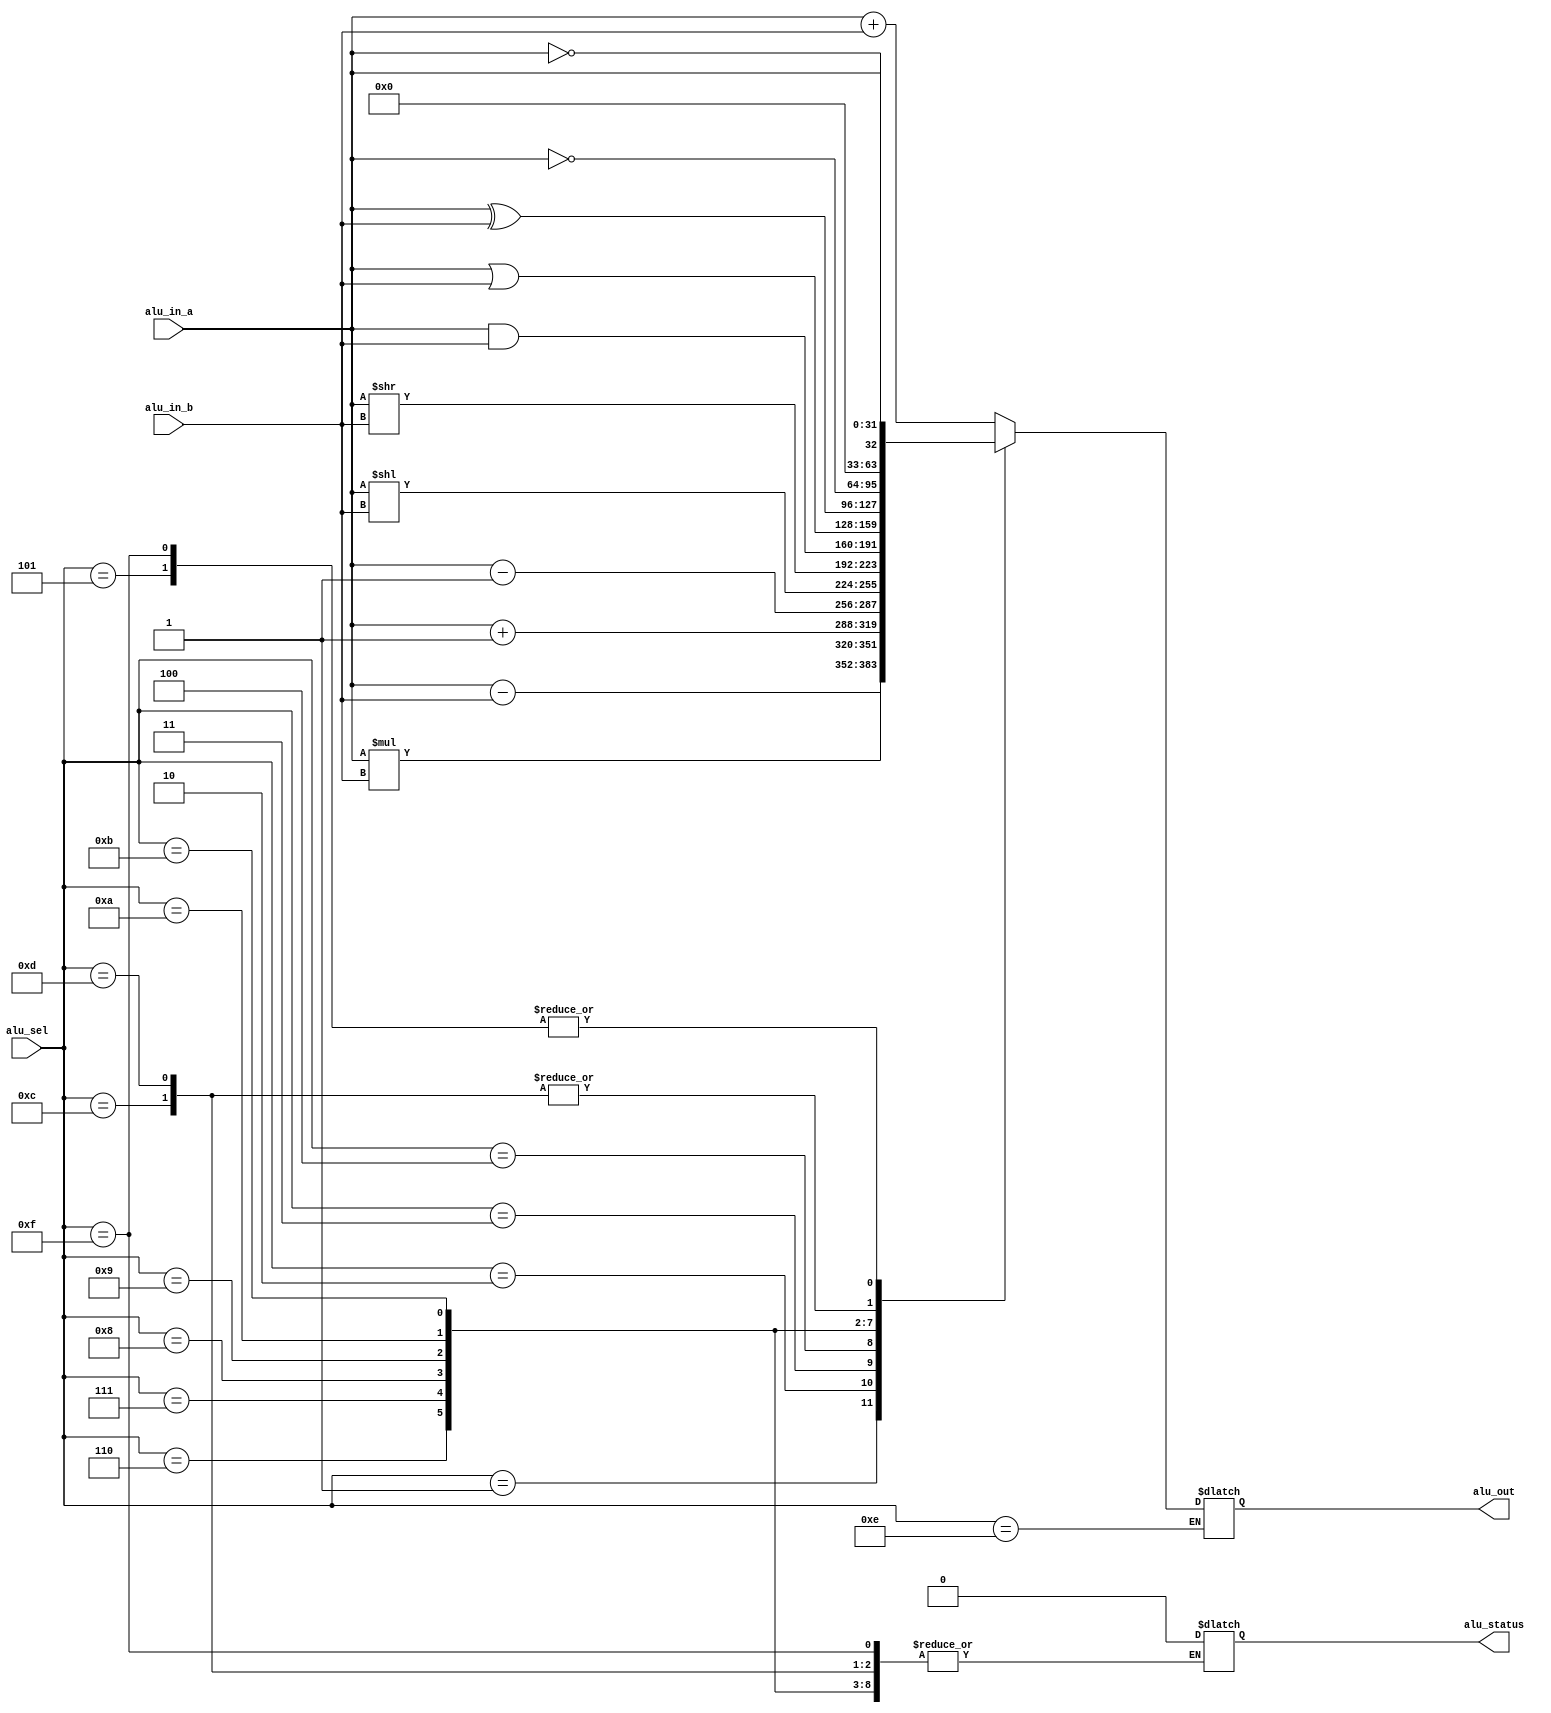
`timescale 1ns / 1ps
//////////////////////////////////////////////////////////////////////////////////
// Company: 
// Engineer: 
// 
// Design Name: 
// Module Name:    ceyloniac_alu 
// Project Name: 
// Target Devices: 
// Tool versions: 
// Description: 
//
// Dependencies: 
//
// Revision: 
// Revision 0.01 - File Created
// Additional Comments: 
//
//////////////////////////////////////////////////////////////////////////////////
 module ceyloniac_alu
#(parameter ALU_DATA_WIDTH = 32,ALU_OP_WIDTH=4)
(
alu_in_a,
alu_in_b,
alu_sel,
alu_status,
alu_out
 );
 //shift_scale,status bit
input [ALU_DATA_WIDTH-1:0]alu_in_a;
input [ALU_DATA_WIDTH-1:0]alu_in_b;
input [ALU_OP_WIDTH-1:0]alu_sel;
output reg alu_status;
output  reg[ALU_DATA_WIDTH-1:0]alu_out;

always@(*)begin

case(alu_sel)

 4'b0000: begin alu_out=alu_in_a+alu_in_b;
					alu_status=0;
			end
 4'b0001: alu_out=alu_in_a-alu_in_b;
 4'b0010: alu_out=alu_in_a*alu_in_b;
 4'b0011: alu_out=alu_in_a+1;
 4'b0100: alu_out=alu_in_a-1;
 4'b0101: alu_out=alu_in_a;
 4'b0110: alu_out=alu_in_a << alu_in_b;
 4'b0111: alu_out=alu_in_a >> alu_in_b;
 
 4'b1000: alu_out=alu_in_a & alu_in_b;
 4'b1001: alu_out=alu_in_a | alu_in_b;
 4'b1010: alu_out=alu_in_a ^ alu_in_b;
 4'b1011: alu_out=~alu_in_a;
 4'b1100: alu_out= !alu_in_a;
 4'b1101: alu_out=!alu_in_a;
 4'b1110: begin        
								
							//	alu_out=alu_in_a[alu_in_b[10:6]-1:alu_in_b[10:6]-alu_in_b[15:11]];
							/*	integer n1=alu_in_b[15:11]; 
								integer n2=alu_in_b[10:6] ;
								integer i=0;
								for(i=0;i<n2;i=i+1)begin
								 alu_out[i]=alu_in_a[i+n1-1];
								end
								for(i=n2;i<ALU_DATA_WIDTH;i=i+1)begin
								 alu_out[i]=0;
								end
								*/
								
			   end
 4'b1111: alu_out=alu_in_a;
 
 default:alu_out=0;
 
endcase
end
endmodule